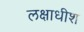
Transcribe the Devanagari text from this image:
लक्षाधीश